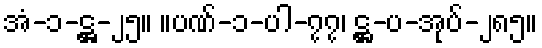
အံ-၁-ဋ္ဌ-၂၅။ ။ပဏ်-၁-ပါ-၇၇၊ ဋ္ဌ-ပ-အုပ်-၂၈၅။